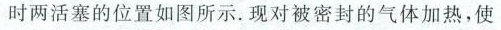
时两活塞的位置如图所示。现对被密封的气体加热，使